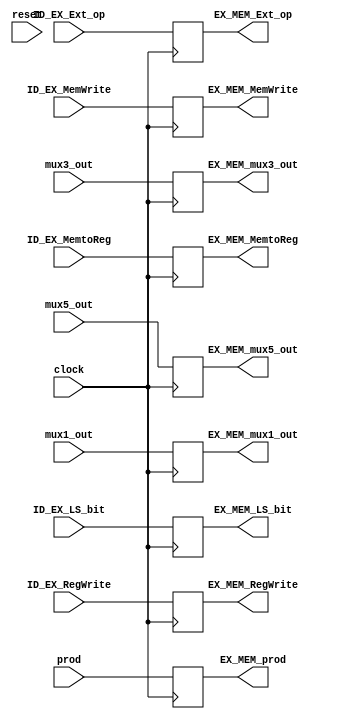
module EX_MEM (
    input              clock,
    input              reset,
    input      [ 1: 0] ID_EX_LS_bit,
    input              ID_EX_MemtoReg,
    input              ID_EX_MemWrite,
    input              ID_EX_RegWrite,
    input              ID_EX_Ext_op,
    input      [63: 0] prod,
    input      [31: 0] mux5_out,
    input      [31: 0] mux3_out,
    input      [ 5: 0] mux1_out,

    output reg [ 1: 0] EX_MEM_LS_bit,
    output reg         EX_MEM_MemtoReg,
    output reg         EX_MEM_MemWrite,
    output reg         EX_MEM_RegWrite,
    output reg         EX_MEM_Ext_op,
    output reg [63: 0] EX_MEM_prod,
    output reg [31: 0] EX_MEM_mux5_out,
    output reg [31: 0] EX_MEM_mux3_out,
    output reg [ 5: 0] EX_MEM_mux1_out
);

    always @(posedge clock) begin
        EX_MEM_LS_bit   <=   ID_EX_LS_bit;
        EX_MEM_MemtoReg <=   ID_EX_MemtoReg;
        EX_MEM_MemWrite <=   ID_EX_MemWrite;
        EX_MEM_RegWrite <=   ID_EX_RegWrite;
        EX_MEM_Ext_op   <=   ID_EX_Ext_op;
        EX_MEM_prod     <=   prod;
        EX_MEM_mux5_out <=   mux5_out;
        EX_MEM_mux3_out <=   mux3_out;
        EX_MEM_mux1_out <=   mux1_out;
    end

endmodule // EX_MEM